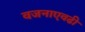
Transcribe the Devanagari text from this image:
वजनाएवढी